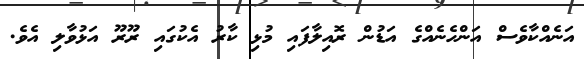
އަނެއްކާވެސް އަންހެނެއްގެ އަޑުން ރޮއިލާފައި މުޅި ކާރު އެކުގައި ރޫރޫ އަޅުވާލި އެވެ.